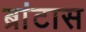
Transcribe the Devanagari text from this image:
ब्रांटास